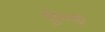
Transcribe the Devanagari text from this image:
ऐन्द